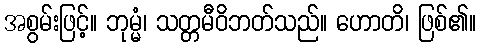
အစွမ်းဖြင့်။ ဘုမ္မံ၊ သတ္တမီဝိဘတ်သည်။ ဟောတိ၊ ဖြစ်၏။